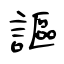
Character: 謳